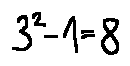
3 ^ { 2 } - 1 = 8